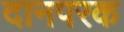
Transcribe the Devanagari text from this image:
दानपरक